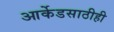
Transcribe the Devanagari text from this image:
आर्केडसाठीही